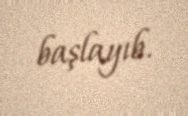
başlayıb.